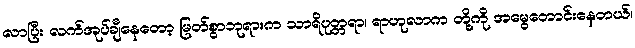
လာပြီး လက်အုပ်ချီနေတော့ မြတ်စွာဘုရားက သာရိပုတ္တရာ၊ ရာဟုလာက တို့ကို အမွေတောင်းနေတယ်၊